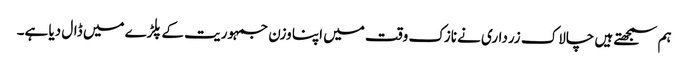
ہم سمجھتے ہیں چالاک زرداری نے نازک وقت میں اپنا وزن جمہوریت کے پلڑے میں ڈال دیا ہے۔